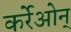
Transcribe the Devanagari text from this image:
कर्रेओन्